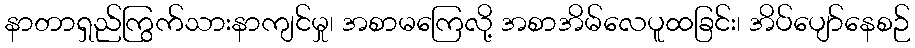
နာတာရှည်ကြွက်သားနာကျင်မှု၊ အစာမကြေလို့ အစာအိမ်လေပူထခြင်း၊ အိပ်ပျော်နေစဉ်